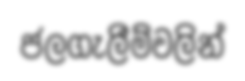
ජලගැලීම්වලින්